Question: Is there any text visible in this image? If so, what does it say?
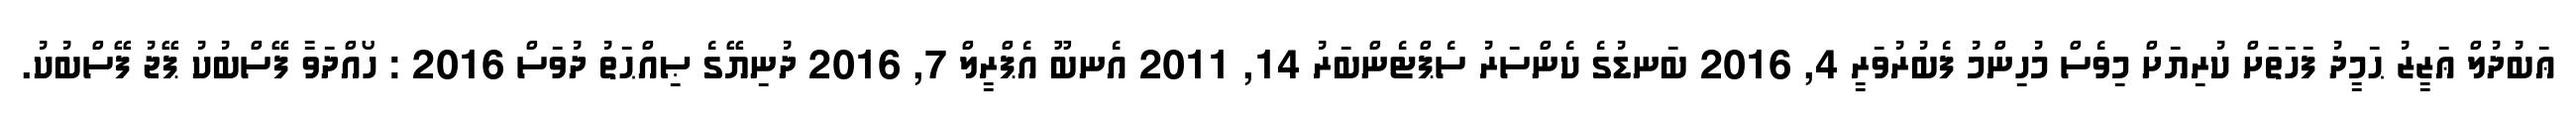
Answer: ޢަބުދުލް ޢަޒީޒު ޙަމީދު ފަހަތަށް ކުރިޔަށް މިވެސް މުހިންމު ފެބުރުވަރީ 4, 2016 ބަނޑުގެ ކެންސަރު ސެޕްޓެންބަރު 14, 2011 އެނބޫ އެޕްރީލް 7, 2016 ދުނިޔޭގެ ޞިއްޙަތު ދުވަސް 2016 : ހޯއްދަވާ ފޭސްބުކު ޕޭޖު ފޭސްބުކު.